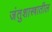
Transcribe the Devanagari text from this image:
जंतुशास्त्रातील